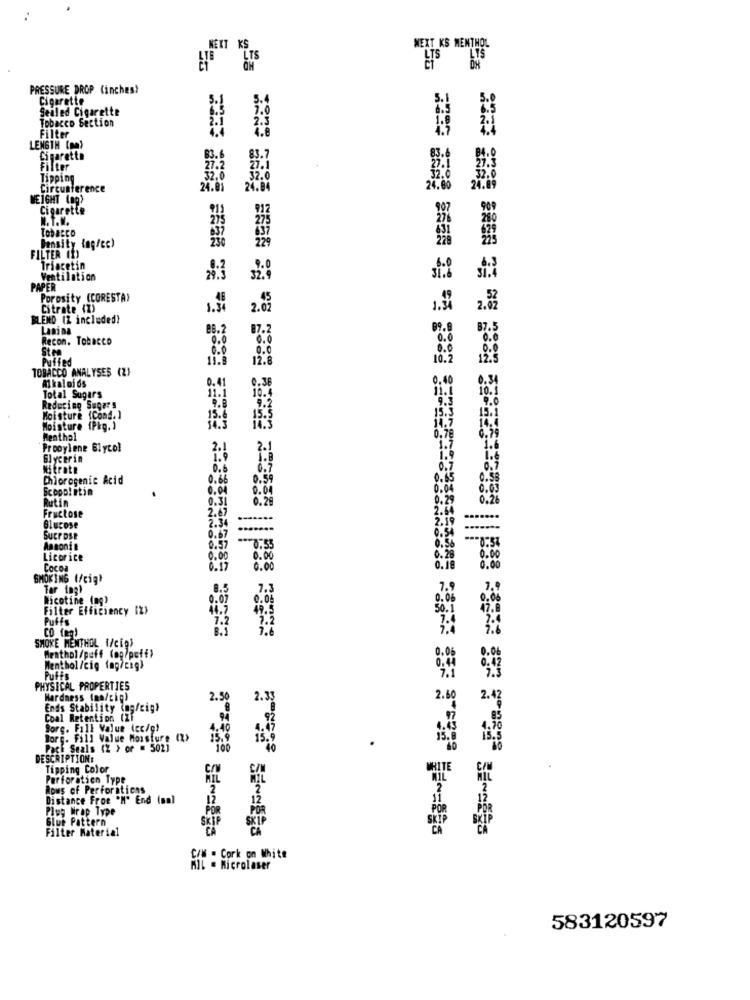
NEXT KS
NEXT KS MENTHOL
LTS
LTS 115
PRESSURE DROP (inches)
Cigarette
5.1
Sealed Cigarette
Tobacco Section
Filter
LENGTH (m)
Cigarette
83.
Tipping
Circumference
24.81
24.00
WEIGHT (ag)
Cigarette
N. T.M.
275
TOBACCO
FILTER (1)
Density tag/cc)
236
Triacetin
Ventilation
PAPER
Porosity (CORESTA)
Citrate (2)
1.3
BLEND (Z included)
Lanina
B7.
Recon. Tobacco
0.0
Stre
Puffed
11.
12.
10.2
TOBACCO ANALYSES (2)
0.41
0.40
Alkaloids
11.1
10.
Total Sugars
11.1
10.
Reducing Sugars
9.8
15.3
15.1
Moisture (Cond. ]
15.8
Moisture (Pkg. )
6.99
Menthol
0,79
Propylene Glycol
2.1
Glycerin
3:1
Nitrate
0.7
0.9
Chlorogenic Acid
0.86
0.59
0.45
0.58
Scopointin
6.04
0.04
0.04
0.03
Rutin
0.29
0.29
0.26
Fructose
2.47
Blucose
SUCPOSE
0.
Ansonit
0.57
37.53
Licorice
0.00
0.00
0.00
Cocoa
0.17
0.0
0.00
SMOKING (/cig"
Tar ing)
0.5
7.3
Nicotine Ing)
0.07
Filter Efficiency IZ>
44.7
49.5
50.1
Puffs
7.2
CO ten!
SMOKE MENTHOL {/cip)
Menthol/puff (op/poff)
Menthol/cig fag/cigh
Puffs
PHYSICAL PROPERTIES
Hardness (nn/cip)
2.50
2.33
2.
2.4
Ends Stability (ag/cigh
Coal Retention (Zi
Sorg. Fall Value (cc/g)
Borg. Fill Value Moisture (
Pack Seals (2 ) of = 502]
DESCRIPTION:
Tipping Color
HITE
Perforation Type
Rows of Perforations
Distance From "M' End (mal
Plug Wrap Type
POR
POR
Glue Pattern
SKIP
Filter Material
CA
C/M . Cork on White
MIL . Microlaser
583120597